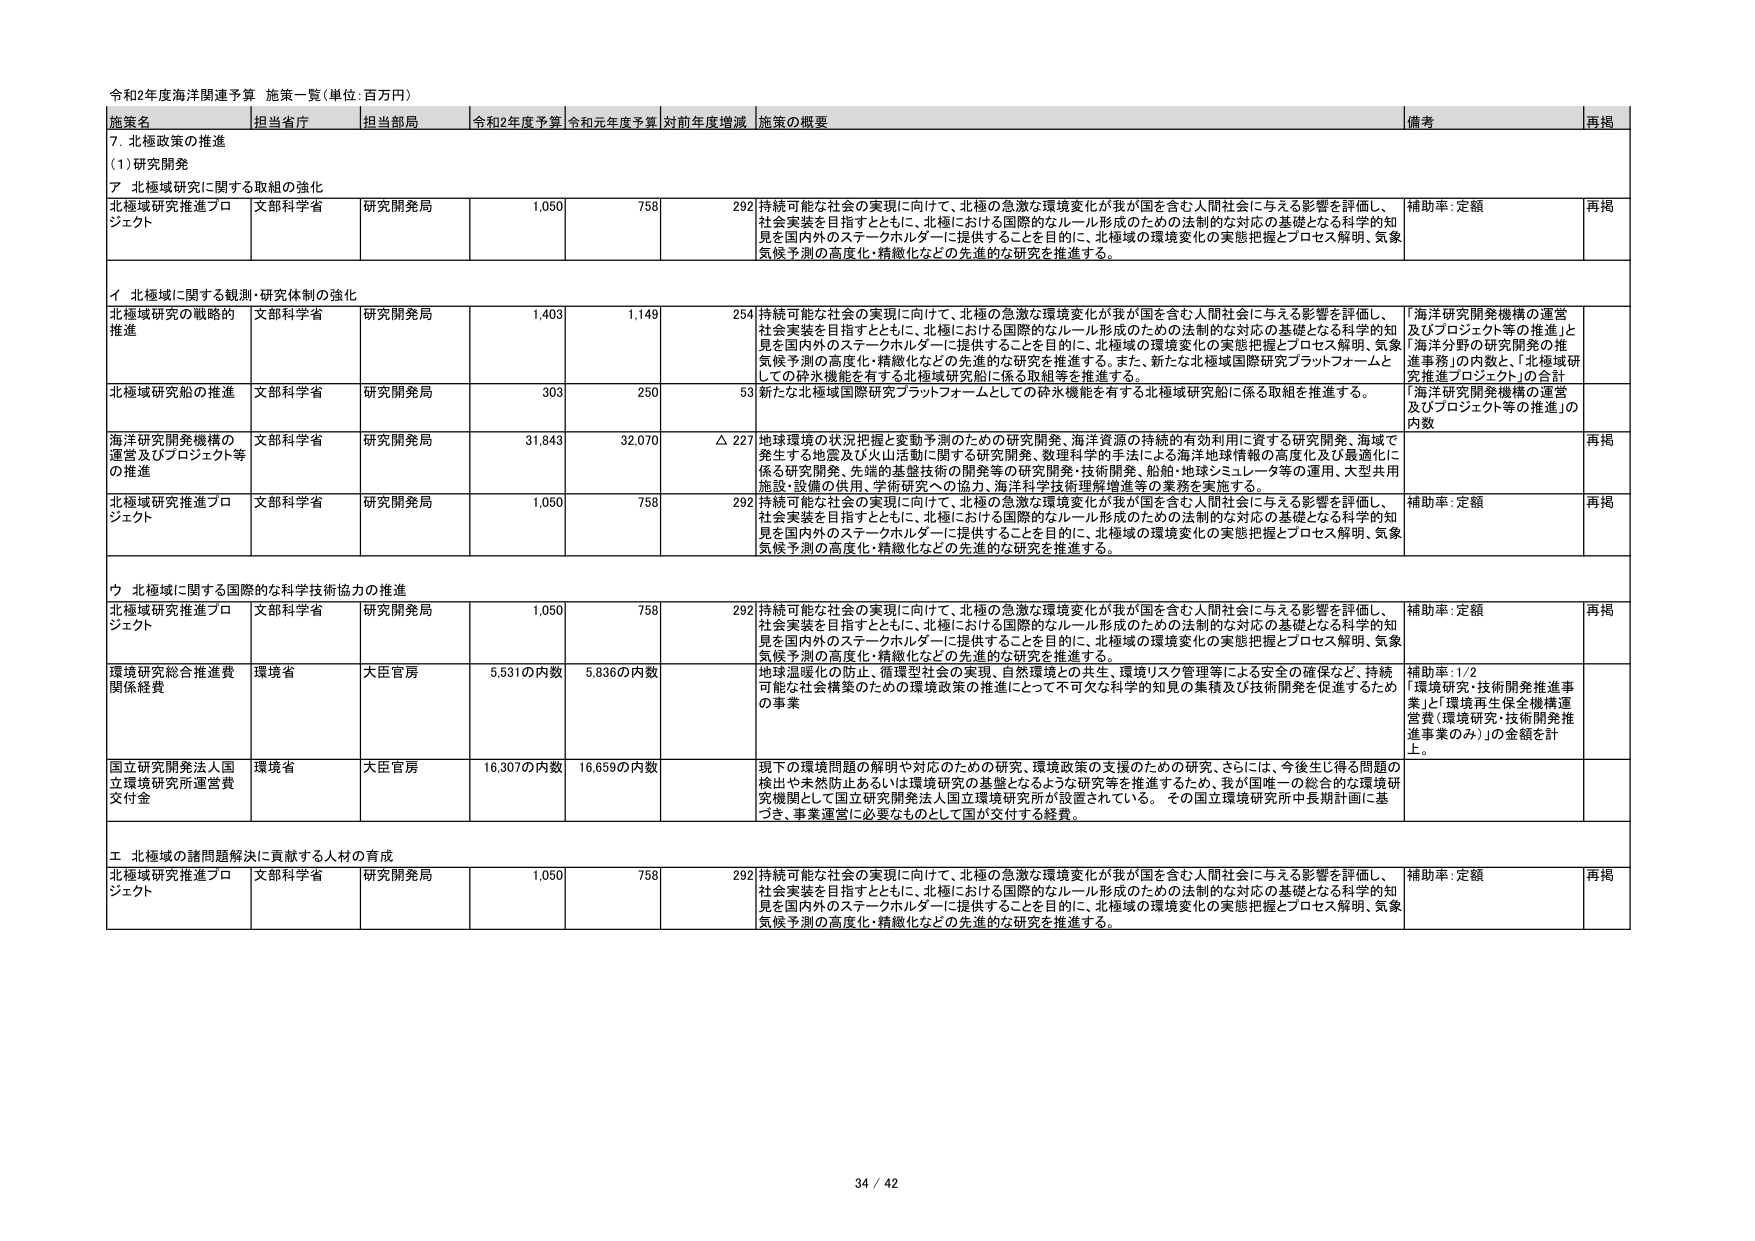
令和2年度海洋関連予算 施策一覧（単位：百万円）

施策名 担当省庁 担当部局 令和2年度予算 令和元年度予算 対前年度増減 施策の概要 備考 再掲

7. 北極政策の推進
(1) 研究開発
ア 北極域研究に関する取組の強化

北極域研究推進プロジェクト 文部科学省 研究開発局 1,050 758 292 持続可能な社会の実現に向けて、北極の急激な環境変化が我が国を含む人間社会に与える影響を評価し、社会実装を目指すとともに、北極における国際的なルール形成のための法制的な対応の基礎となる科学的知見を国内外のステークホルダーに提供することを目的に、北極域の環境変化の実態把握とプロセス解明、気象気候予測の高度化・精緻化などの先進的な研究を推進する。 補助率：定額 再掲

イ 北極域に関する観測・研究体制の強化

北極域研究の戦略的推進 文部科学省 研究開発局 1,403 1,149 254 持続可能な社会の実現に向けて、北極の急激な環境変化が我が国を含む人間社会に与える影響を評価し、社会実装を目指すとともに、北極における国際的なルール形成のための法制的な対応の基礎となる科学的知見を国内外のステークホルダーに提供することを目的に、北極域の環境変化の実態把握とプロセス解明、気象気候予測の高度化・精緻化などの先進的な研究を推進する。また、新たな北極域国際研究プラットフォームとしての砕氷機能を有する北極域研究船に係る取組等を推進する。 「海洋研究開発機構の運営及びプロジェクト等の推進」と「海洋分野の研究開発の推進事務」の内数と、「北極域研究推進プロジェクト」の合計

北極域研究船の推進 文部科学省 研究開発局 303 250 53 新たな北極域国際研究プラットフォームとしての砕氷機能を有する北極域研究船に係る取組を推進する。 「海洋研究開発機構の運営及びプロジェクト等の推進」の内数

海洋研究開発機構の運営及びプロジェクト等の推進 文部科学省 研究開発局 31,843 32,070 △ 227 地球環境の状況把握と変動予測のための研究開発、海洋資源の持続的有効利用に資する研究開発、海域で発生する地震及び火山活動に関する研究開発、数理科学的手法による海洋地球情報の高度化及び最適化に係る研究開発、先端的基盤技術の開発等の研究開発・技術開発、船舶・地球シミュレータ等の運用、大型共用施設・設備の供用、学術研究への協力、海洋科学技術理解増進等の業務を実施する。 再掲

北極域研究推進プロジェクト 文部科学省 研究開発局 1,050 758 292 持続可能な社会の実現に向けて、北極の急激な環境変化が我が国を含む人間社会に与える影響を評価し、社会実装を目指すとともに、北極における国際的なルール形成のための法制的な対応の基礎となる科学的知見を国内外のステークホルダーに提供することを目的に、北極域の環境変化の実態把握とプロセス解明、気象気候予測の高度化・精緻化などの先進的な研究を推進する。 補助率：定額 再掲

ウ 北極域に関する国際的な科学技術協力の推進

北極域研究推進プロジェクト 文部科学省 研究開発局 1,050 758 292 持続可能な社会の実現に向けて、北極の急激な環境変化が我が国を含む人間社会に与える影響を評価し、社会実装を目指すとともに、北極における国際的なルール形成のための法制的な対応の基礎となる科学的知見を国内外のステークホルダーに提供することを目的に、北極域の環境変化の実態把握とプロセス解明、気象気候予測の高度化・精緻化などの先進的な研究を推進する。 補助率：定額 再掲

環境研究総合推進費関係経費 環境省 大臣官房 5,531の内数 5,836の内数 地球温暖化の防止、循環型社会の実現、自然環境との共生、環境リスク管理等による安全の確保など、持続可能な社会構築のための環境政策の推進にとって不可欠な科学的知見の集積及び技術開発を促進するための事業 補助率：1/2 「環境研究・技術開発推進事業」と「環境再生保全機構運営費（環境研究・技術開発推進事業のみ）」の金額を計上。

国立研究開発法人国立環境研究所運営費交付金 環境省 大臣官房 16,307の内数 16,659の内数 現下の環境問題の解明や対応のための研究、環境政策の支援のための研究、さらには、今後生じ得る問題の検出や未然防止あるいは環境研究の基盤となるような研究等を推進するため、我が国唯一の総合的な環境研究機関として国立研究開発法人国立環境研究所が設置されている。その国立環境研究所中長期計画に基づき、事業運営に必要なものとして国が交付する経費。

エ 北極域の諸問題解決に貢献する人材の育成

北極域研究推進プロジェクト 文部科学省 研究開発局 1,050 758 292 持続可能な社会の実現に向けて、北極の急激な環境変化が我が国を含む人間社会に与える影響を評価し、社会実装を目指すとともに、北極における国際的なルール形成のための法制的な対応の基礎となる科学的知見を国内外のステークホルダーに提供することを目的に、北極域の環境変化の実態把握とプロセス解明、気象気候予測の高度化・精緻化などの先進的な研究を推進する。 補助率：定額 再掲

34 / 42